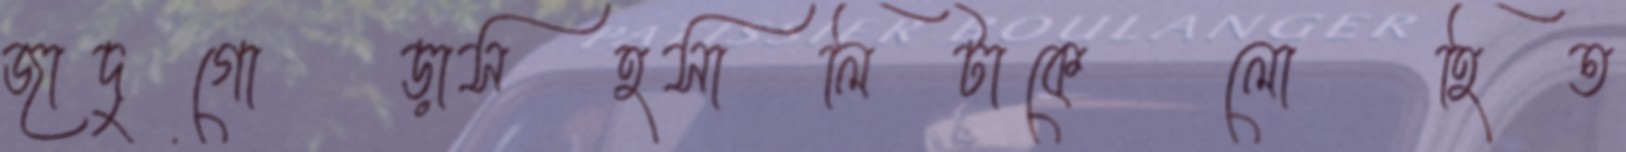
জাদুগোড়াসহসালিটাকেলোহিত